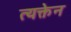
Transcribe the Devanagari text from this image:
त्यक्तेन